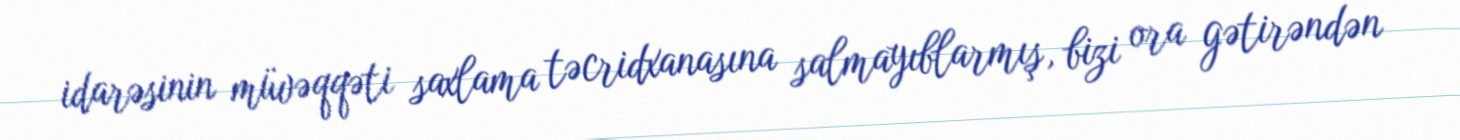
idarəsinin müvəqqəti saxlama təcridxanasına salmayıblarmış, bizi ora gətirəndən